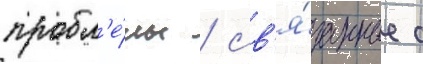
пробл'е́мы / св'я́занные с